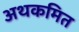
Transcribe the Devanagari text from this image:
अथकमित